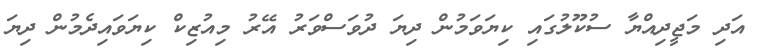
އަދި މަޖީދިއްޔާ ސުކޫލުގައި ކިޔަވަމުން ދިޔަ ދުވަސްވަރު އޭރު މިއުޒިކް ކިޔަވައިދެމުން ދިޔަ